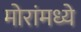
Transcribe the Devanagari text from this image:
मोरांमध्ये